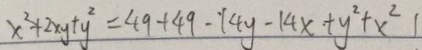
x ^ { 2 } + 2 x y + y ^ { 2 } = 4 9 + 4 9 - 1 4 y - 1 4 x + y ^ { 2 } + x ^ { 2 } 1